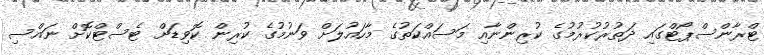
ޓްރާންސްޕޯޓްގައި ދަތުރުކުރުމުގެ ކުރިންނާއި މަސައްކަތުގެ މާހައުލަށް ވަނުމުގެ ކުރިން ކޮވިޑަށް ޓެސްޓްކޮށް ނައްސި